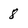
Character: 8